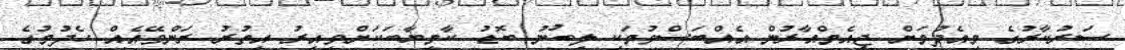
ސަރުކާރުގެ މިއެދުމަށް ޖީއެމްއާރުން އެއްބަސްވުމަކީ ލިބުނު ބޮޑު ކާމިޔާބަކަށްވީއިރު އިތުރު ރަންވޭއެއް ހެދުމުގެ